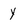
Character: y